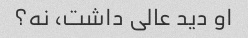
او دید عالی داشت، نه؟